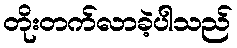
တိုးတက်လာခဲ့ပါသည်